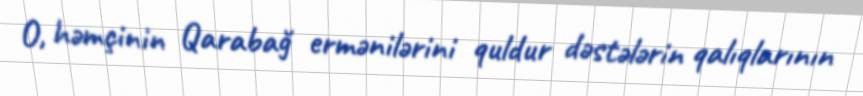
O, həmçinin Qarabağ ermənilərini quldur dəstələrin qalıqlarının